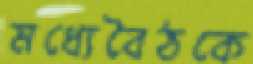
মধ্যেবৈঠকে